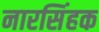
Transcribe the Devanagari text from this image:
नारसिंहक